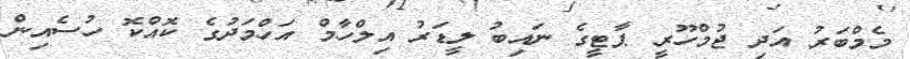
މެމްބަރު އަދި ޖުމްހޫރީ ޕާޓީގެ ނައިބު ލީޑަރު އިލްހާމް އަހްމަދުގެ ކޮއްކޮ ހުސެއިން